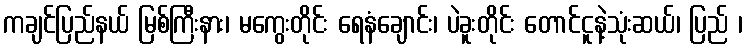
ကချင်ပြည်နယ် မြစ်ကြီးနား၊ မကွေးတိုင်း ရေနံချောင်း၊ ပဲခူးတိုင်း တောင်ငူနဲ့သုံးဆယ်၊ ပြည် ၊